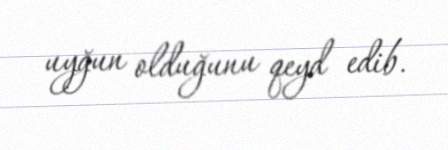
uyğun olduğunu qeyd edib.